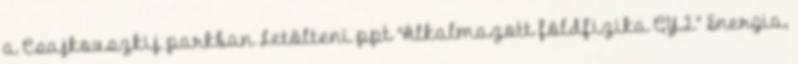
a Csajkovszkij parkban Letölteni ppt "Alkalmazott földfizika GY.2." Energia,